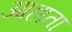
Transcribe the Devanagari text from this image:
आहाता